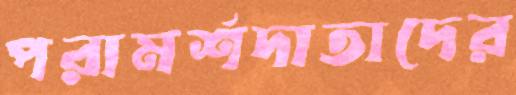
পরামর্শদাতাদের